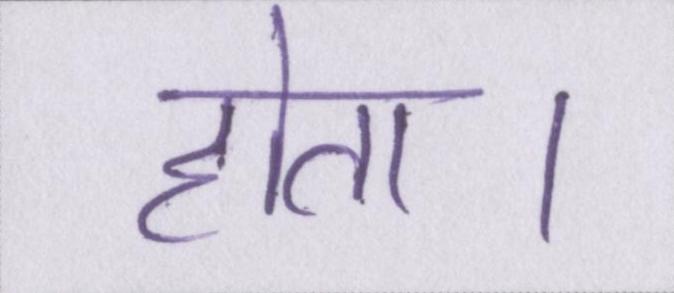
होता।